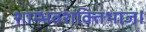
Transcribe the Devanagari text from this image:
शाम्भवशक्तिभाजं।